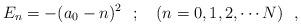
LaTeX: \begin{align*}E_n =-(a_0-n)^2~~; ~~~(n=0,1,2,\cdots N)~~,\end{align*}